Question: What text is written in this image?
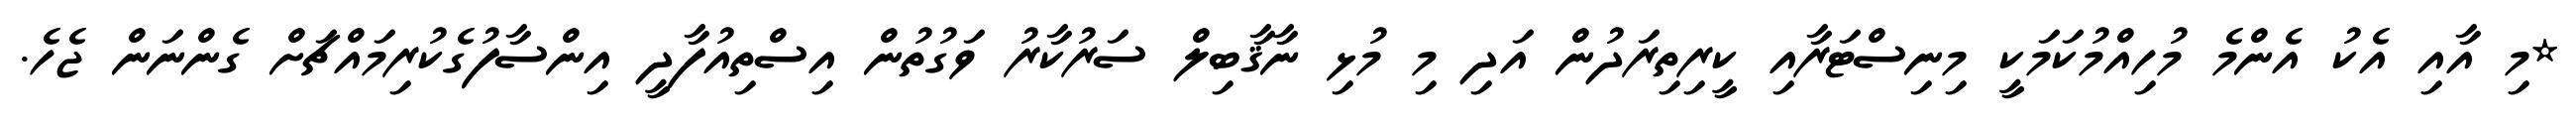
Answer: *މި އާއި އެކު އެންމެ މުހިއްމުކަމަކީ މިނިސްޓަރާއި ކީރިތިރަދުން އަދި މި މުޅި ނާޤާބިލް ސަރުކާރު ވަގުތުން އިސްތިއުފާދީ އިންސާފުގެކުރިމައްޗަށް ގެންނަން ޖެހެ.